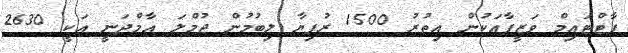
ޕާޓްޓައިމް ވަޒީފާއަކުން އިތުރު 1500 ރުފިޔާ ލިބުމުން ޖުމްލަ އާމްދަނީ އަކީ 2630